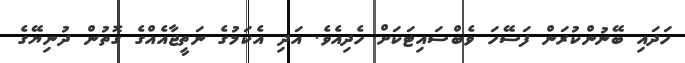
ހަދައި ބޭނުންކުރަން ފަސޭހަ ވެބްސައިޓަކަށް ހެދިއެވެ. އަދި އެކަމުގެ ނަތީޖާއެއްގެ ގޮތުން ދުނިޔޭގެ